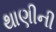
થાણીની